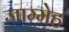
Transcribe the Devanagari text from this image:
जाम्मेह